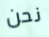
نحن